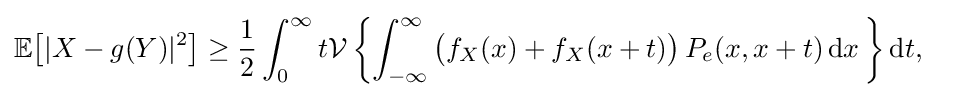
{\begin{aligned}&\mathbb {E} {\bigl [}|X-g(Y)|^{2}{\bigr ]}\geq {\frac {1}{2}}\int _{0}^{\infty }t{\mathcal {V}}\left\{\int _{-\infty }^{\infty }{\bigl (}f_{X}(x)+f_{X}(x+t){\bigr )}\,P_{e}(x,x+t)\,\mathrm {d} x\,\right\}\mathrm {d} t,\end{aligned}}